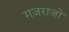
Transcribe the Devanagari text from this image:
गजराजों